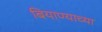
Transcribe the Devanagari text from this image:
बियाण्याच्या